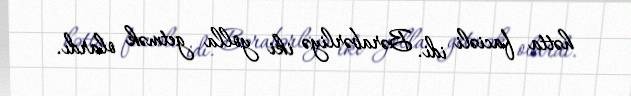
hətta faciəli idi. Bərabərliyə iki yolla getmək olardı.